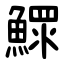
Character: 鰥